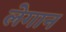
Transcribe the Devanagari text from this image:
लेगान